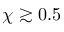
\chi \gtrsim 0 . 5